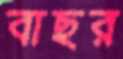
বাছর